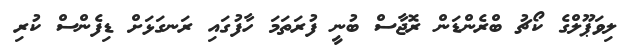
ލިވަޕޫލްގެ ކޯޗު ބްރެންޑަން ރޮޖާސް ބުނީ ފުރަތަމަ ހާފުގައި ރަނގަޅަށް ޑިފެންސް ކުރި